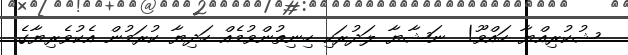
ޝުކުރިއްޔާ ހައްވޫ!  ނަޝާޔާ ލަދުރަކި ހިނިތުންވުމެއް ހަދިޔާ ކުރަމުން އެކުވެރިޔާގެ